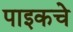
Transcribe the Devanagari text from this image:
पाइकचे